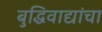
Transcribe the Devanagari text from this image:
बुद्धिवाद्यांचा